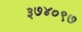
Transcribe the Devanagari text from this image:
३७४०९७